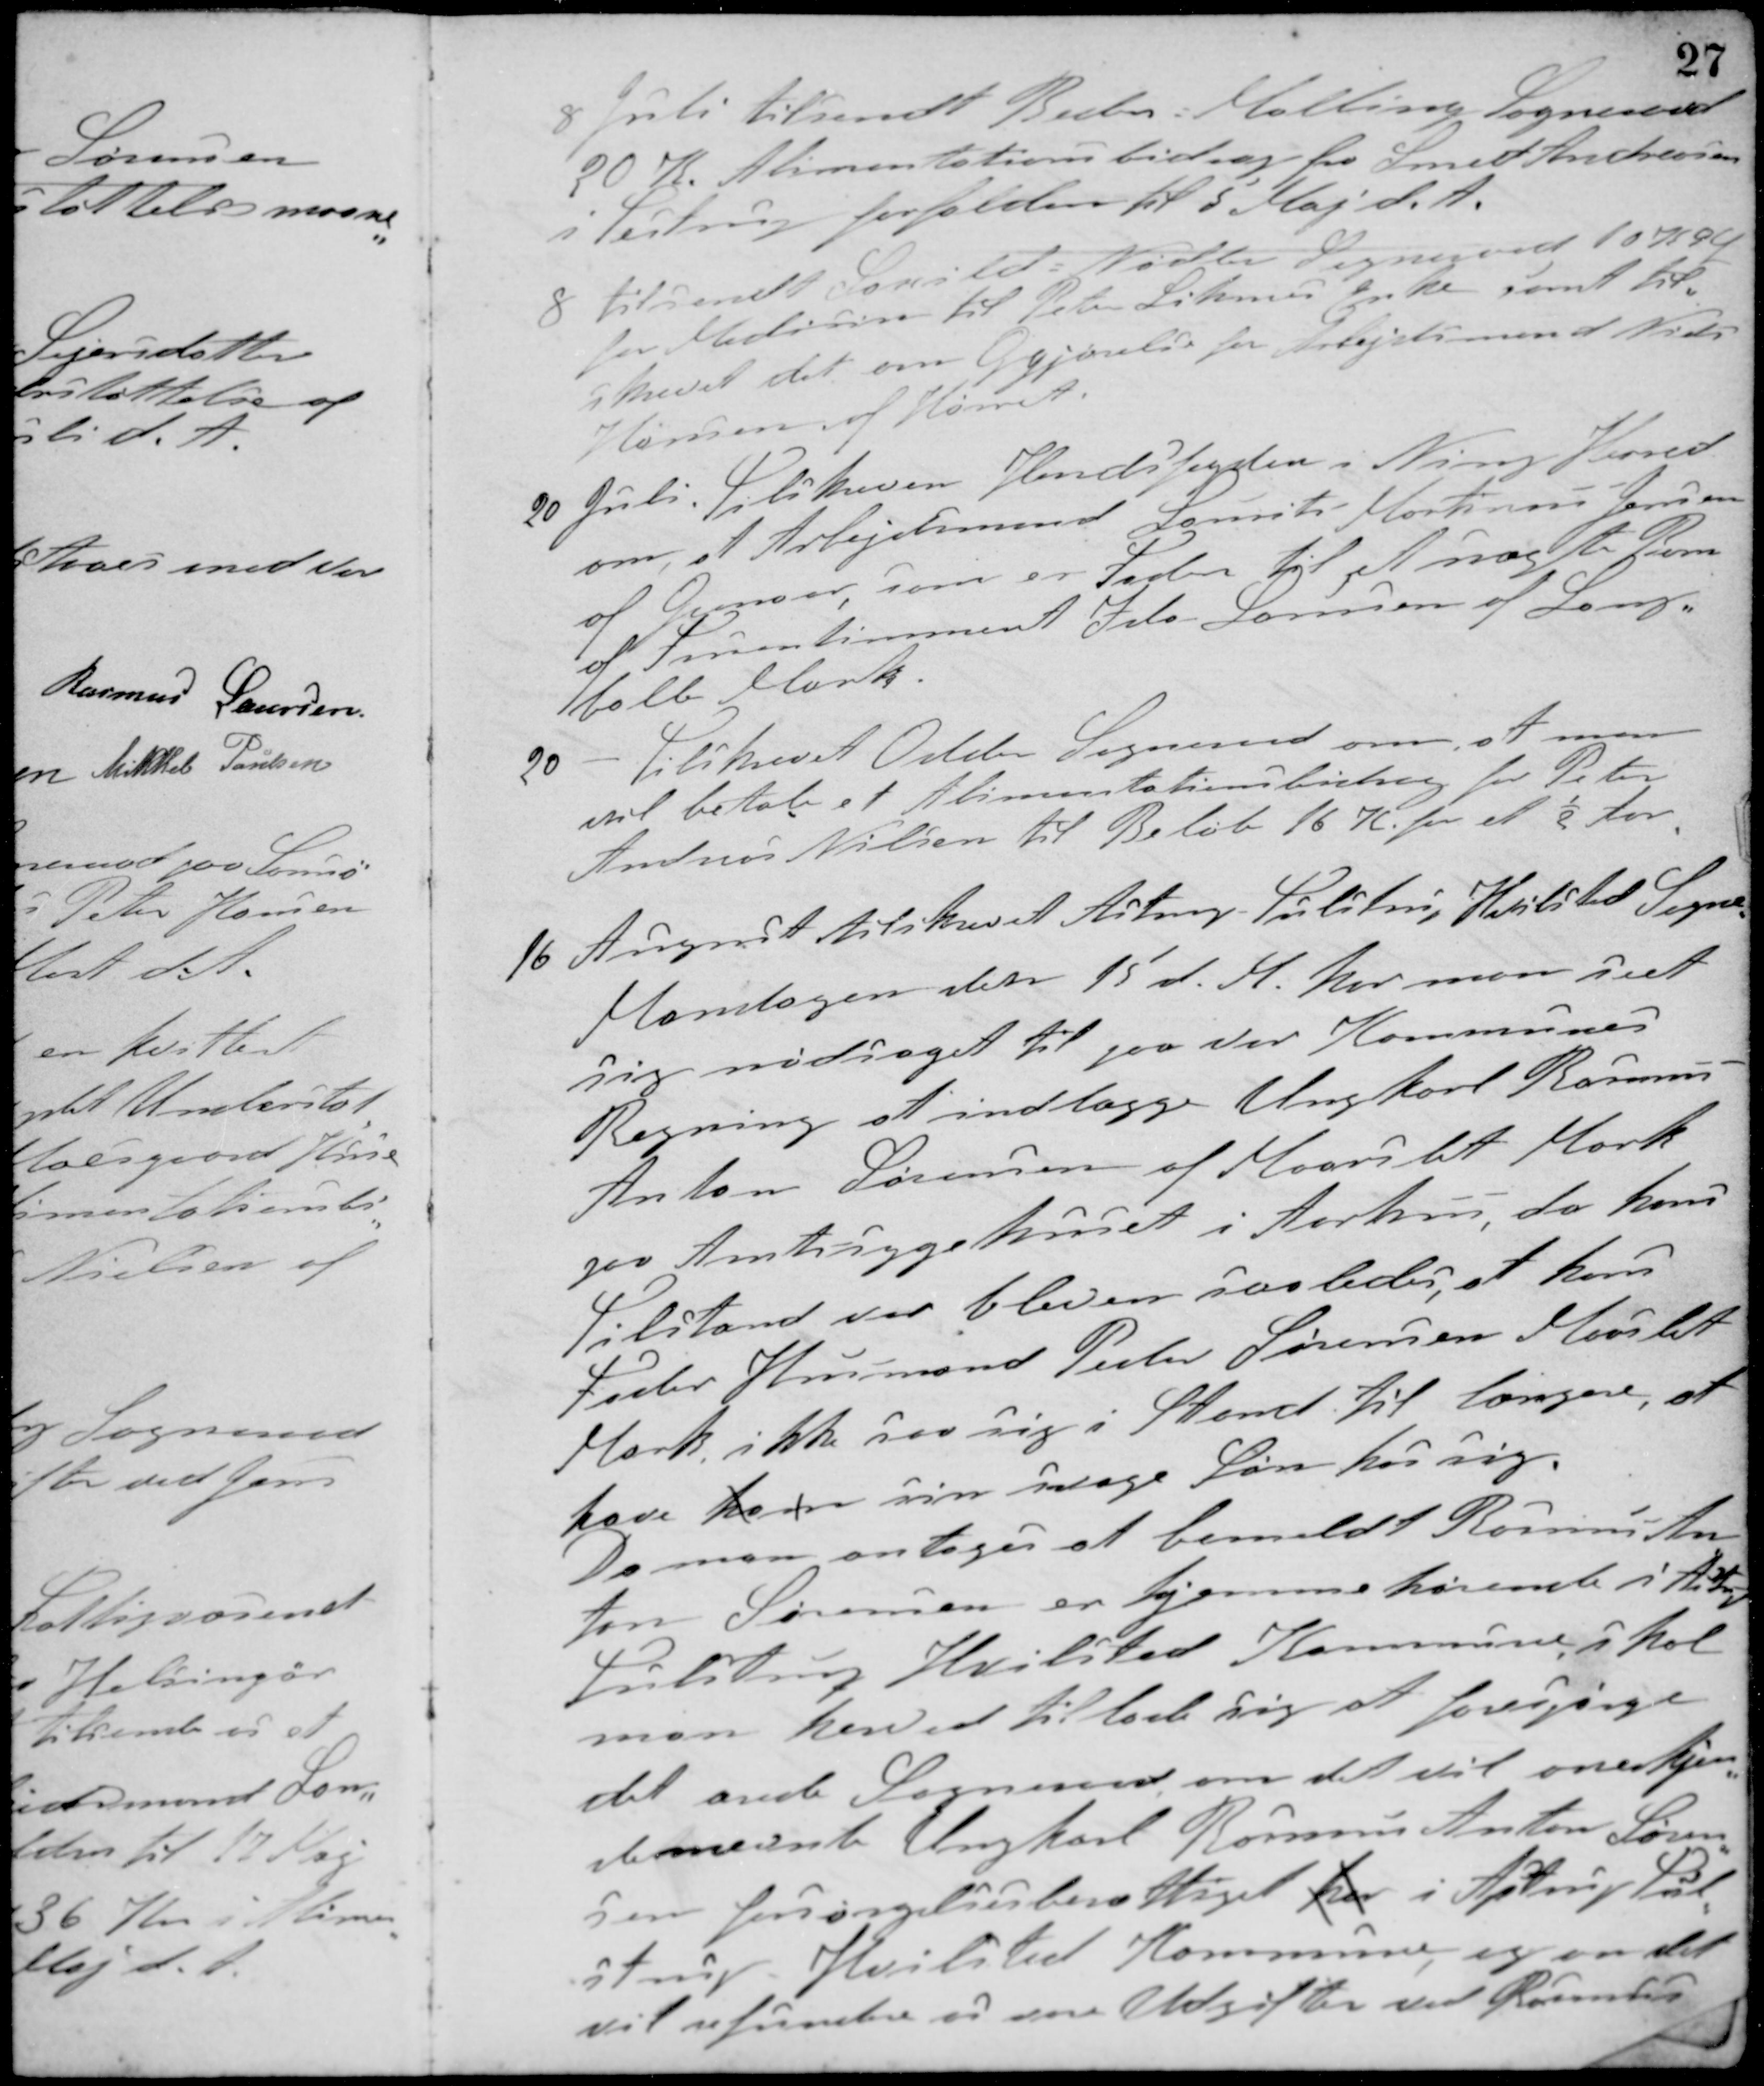
Transskription:
8 Juli tilsendt Beder-Malling Sogneraad
20 K. Alimentationsbidrag for Smed Andreasen
i Testrup forfalden til 5 Maj d. A.
8 tilsendt Saxild-Nødlev Sogneraad 10 K. 9 Ø
for Medicin til Peter Lihmes Enke samt til-
skrevet det om Ogjørelse for Arbejdsmand Niels
Hansen af Hørret.
20 Juli Tilskreven Herredsfogden i Ning Herred
om, at Arbejdsmand Laurits Martinus Jensen
af Grenaa som er Fader til et uægte Barn
af Fruentimmeret Ida Sørensen af Lang-
balle Mark.
20 - Tilskrevet Odder Sogneraad om, at man
vil betale et Alimentationsbidrag for Peter
Andreas Nielsen til Beløb 16 Kr for et ½ Aar.
16 August tilskrevet Astrup-Tulstrup-Hvilsted Sogne
Mandagen den 15 d. M. har man seet
sig nødsaget til paa vor Kommunes
Regning at indlægge Ungkarl Rasmus
Anton Sørensen af Maarslet Mark
paa Amtssygehuset i Aarhus da hans
Tilstand var bleven saaledes, at hans
Fader Husmand Peder Sørensen Maarslet
Mark ikke saa sig i Stand til længere, at
have ham sin svage Søn hos sig.
Da man antager at bemeldte Rasmus An-
ton Sørensen er hjemmehørendte i Astrup-
Tulstrup-Hvilsted Kommune, skal
man herved tillade sig at forespørge
det ærede Sogneraad om det vil anerkjen-
de nævnte Ungkarl Rasmus Anton Søren-
sen forsørgelsesberettiget her i Ajstrup-Tul-
strup-Hvilsted Kommune, og om det
vil refundere os vore Udgifter ved Rasmus